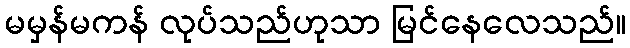
မမှန်မကန် လုပ်သည်ဟုသာ မြင်နေလေသည်။